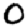
Digit: 0